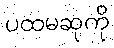
ပထမဆုကို